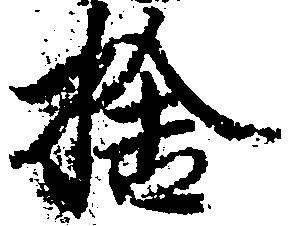
捨